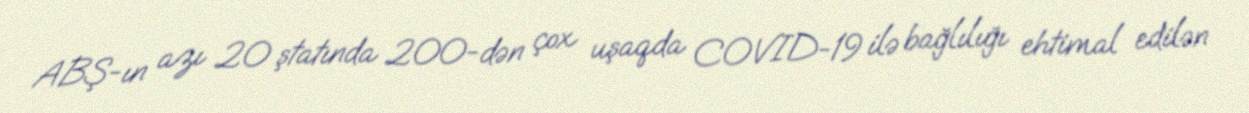
ABŞ-ın azı 20 ştatında 200-dən çox uşaqda COVID-19 ilə bağlılığı ehtimal edilən